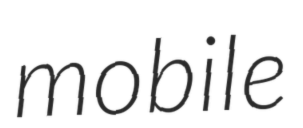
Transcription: mobile